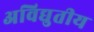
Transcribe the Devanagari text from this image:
अविद्युतीय